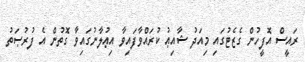
ރައީސް އޮފީހުން ގެޒެޓުގައި މިއަދު ޝާއިޢު ކުރައްވާފައިވާ އިޢުލާނުގައިވާ ގޮތުން އެ ފުރުޞަތު